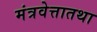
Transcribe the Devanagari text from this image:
मंत्रवेत्तातथा